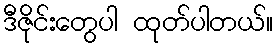
ဒီဇိုင်းတွေပါ ထုတ်ပါတယ်။